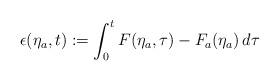
LaTeX: \begin{align*}\epsilon(\eta_a,t) := \int_0^t F(\eta_a,\tau)-F_a(\eta_a) \,d \tau\end{align*}